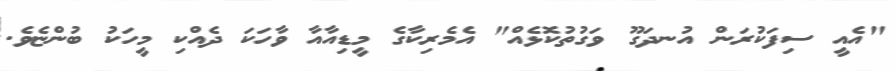
"އެއީ ސިފަކުރަން އުނދަގޫ ވަގުތުކޮޅެއް" އެމެރިކާގެ މީޑިއާއާ ވާހަކަ ދެއްކި މީހަކު ބުންޏެވެ.